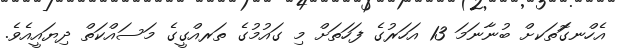
އެހްނގޮަތަކށް ބުނާނަމަ 13 އަހަރުގެ ފަހަތަށް މި ގައުމުގެ ތަރއްގީގެ މަސައްކަތް ދިޔައީއެވެ.